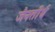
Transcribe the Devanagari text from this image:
जैनतीर्थ